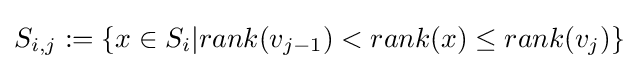
{\textstyle S_{i,j}:=\{x\in S_{i}|rank(v_{j-1})<rank(x)\leq rank(v_{j})\}}